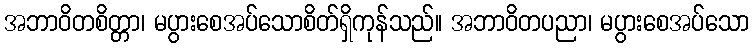
အဘာဝိတစိတ္တာ၊ မပွားစေအပ်သောစိတ်ရှိကုန်သည်။ အဘာဝိတပညာ၊ မပွားစေအပ်သော